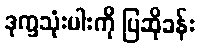
ဒုက္ခသုံးပါးကို ပြဆိုခန်း